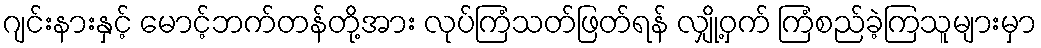
ဂျင်းနားနှင့် မောင့်ဘက်တန်တို့အား လုပ်ကြံသတ်ဖြတ်ရန် လျှို့ဝှက် ကြံစည်ခဲ့ကြသူများမှာ